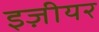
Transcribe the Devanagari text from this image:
इज़ीयर